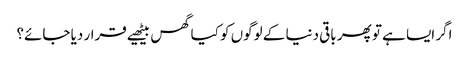
اگر ایسا ہے تو پھر باقی دنیا کے لوگوں کو کیا گھس بیٹھیے قرار دیا جائے؟